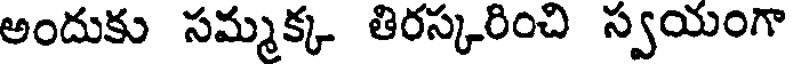
అందుకు సమ్మక్క తిరస్కరించి స్వయంగా